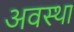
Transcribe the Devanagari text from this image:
अवस्‍था